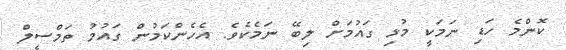
ކޮންމެ ހަޑި ނަމަކީ މުޅި ގައުމަށް ލިބޭ ނަމެކެވެ. އެހެންކަމުން ގައުމު ތަމްސީލް